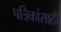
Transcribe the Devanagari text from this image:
पत्रिकांसाठी